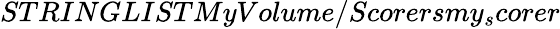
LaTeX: STRINGLISTMyVolume/Scorersmy_{s}corer